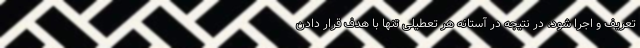
تعریف و اجرا شود، در نتیجه در آستانه هر تعطیلی تنها با هدف قرار دادن